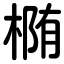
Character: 椭